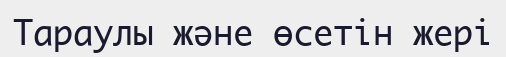
Тараулы және өсетін жері